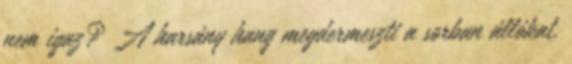
nem igaz? A harsány hang megdermeszti a sorban állókat.